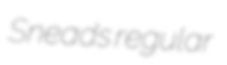
Sneads regular